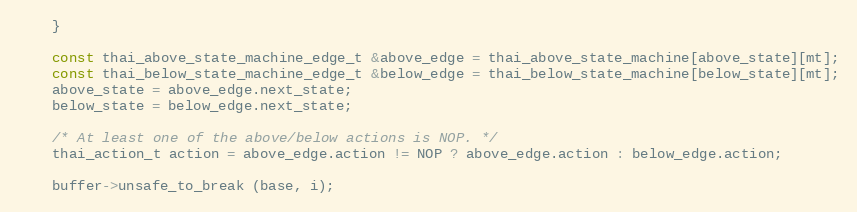
Language: C++
    }

    const thai_above_state_machine_edge_t &above_edge = thai_above_state_machine[above_state][mt];
    const thai_below_state_machine_edge_t &below_edge = thai_below_state_machine[below_state][mt];
    above_state = above_edge.next_state;
    below_state = below_edge.next_state;

    /* At least one of the above/below actions is NOP. */
    thai_action_t action = above_edge.action != NOP ? above_edge.action : below_edge.action;

    buffer->unsafe_to_break (base, i);